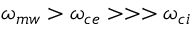
\omega _ { m w } > \omega _ { c e } > > > \omega _ { c i }